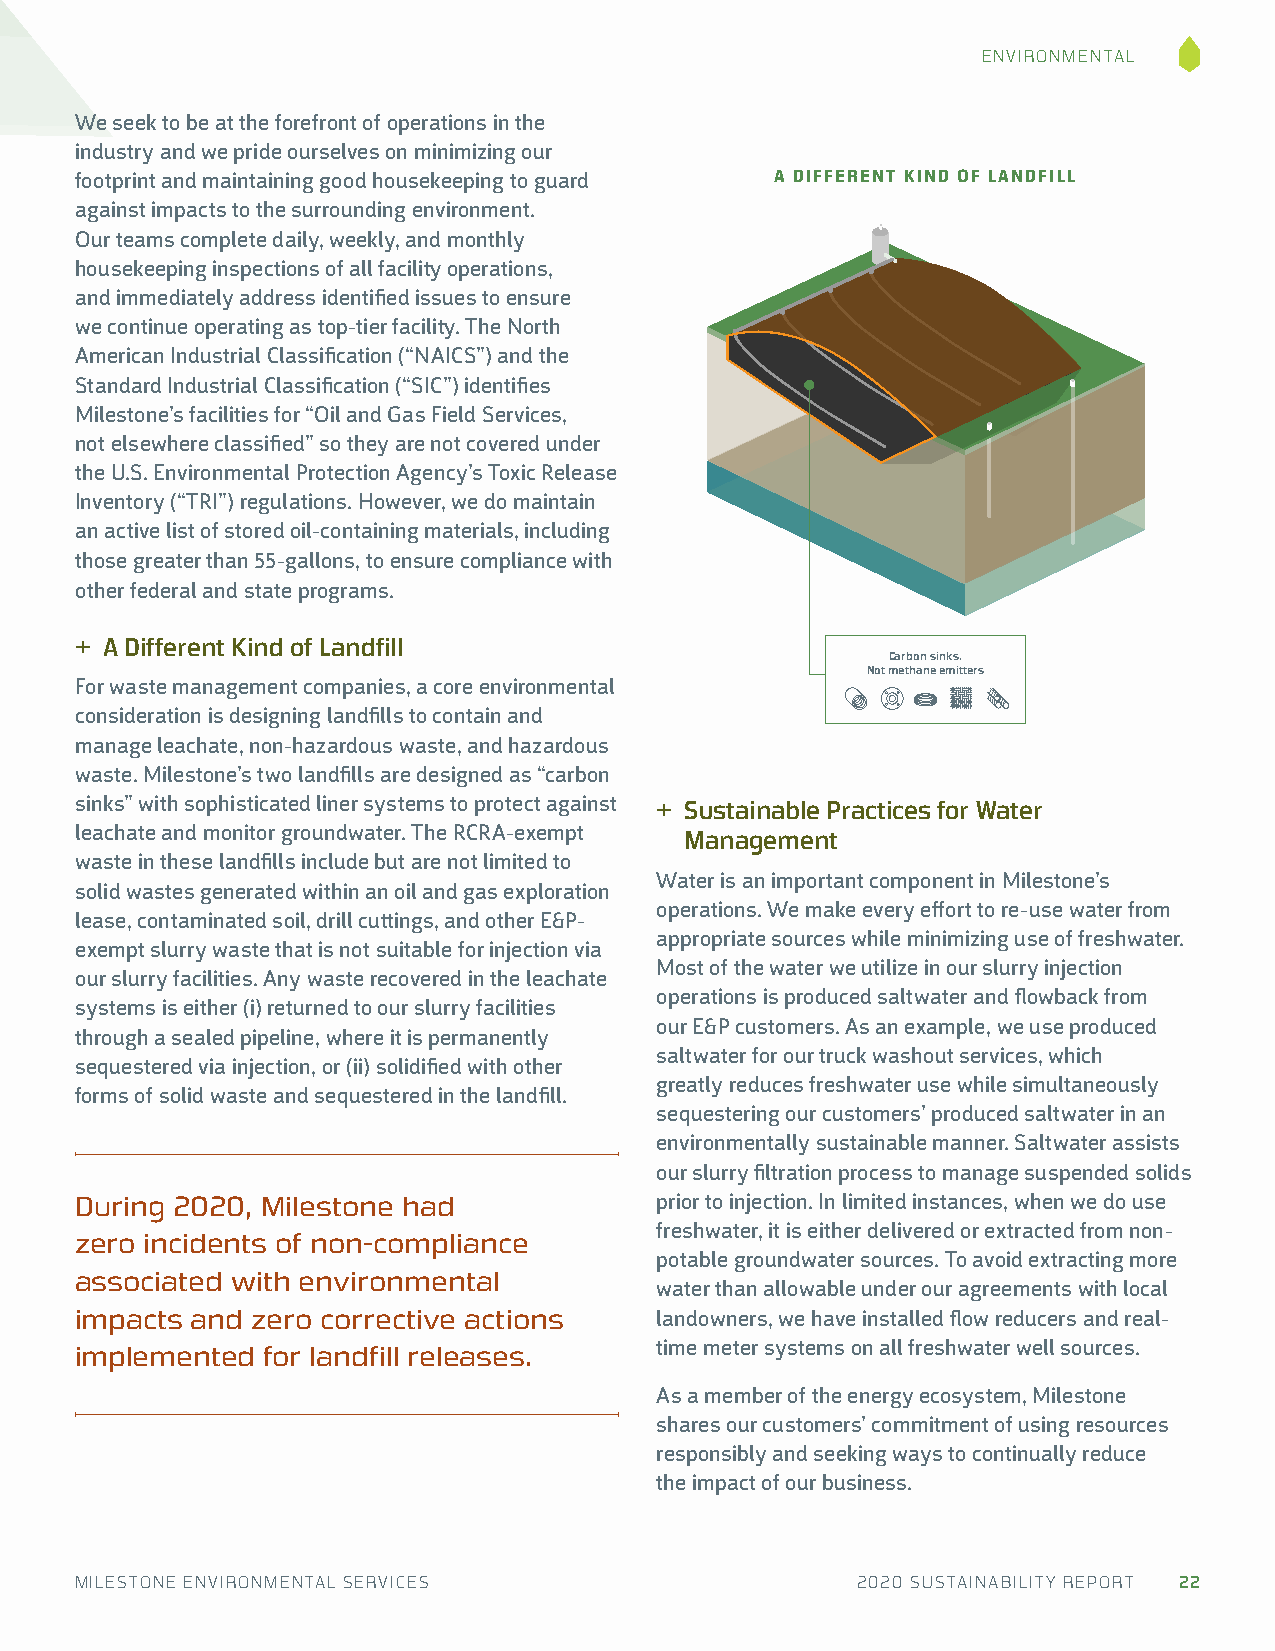
ENVIRONMENTAL
 We seek to be at the forefront of operations in the
 industry and we pride ourselves on minimizing our
 footprint and maintaining good housekeeping to guard A DIFFERENT KIND OF LANDFILL
 against impacts to the surrounding environment.
 Our teams complete daily, weekly, and monthly
 housekeeping inspections of all facility operations,
 and immediately address identified issues to ensure
 we continue operating as top-tier facility. The North
 American Industrial Classification (“NAICS”) and the
 Standard Industrial Classification (“SIC”) identifies
 Milestone’s facilities for “Oil and Gas Field Services,
 not elsewhere classified” so they are not covered under
 the U.S. Environmental Protection Agency’s Toxic Release
 Inventory (“TRI”) regulations. However, we do maintain
 an active list of stored oil-containing materials, including
 those greater than 55-gallons, to ensure compliance with
 other federal and state programs.
 + A Different Kind of Landfill
 CCaarrbboonn ssiinnkkss..
 NNoott mmeetthhaannee eemmiitttteerrss
 For waste management companies, a core environmental
 consideration is designing landfills to contain and
 manage leachate, non-hazardous waste, and hazardous
 waste. Milestone’s two landfills are designed as “carbon
 sinks” with sophisticated liner systems to protect against + Sustainable Practices for Water
 leachate and monitor groundwater. The RCRA-exempt Management
 waste in these landfills include but are not limited to
 Water is an important component in Milestone’s
 solid wastes generated within an oil and gas exploration
 operations. We make every effort to re-use water from
 lease, contaminated soil, drill cuttings, and other E&P-
 appropriate sources while minimizing use of freshwater.
 exempt slurry waste that is not suitable for injection via
 Most of the water we utilize in our slurry injection
 our slurry facilities. Any waste recovered in the leachate
 operations is produced saltwater and flowback from
 systems is either (i) returned to our slurry facilities
 our E&P customers. As an example, we use produced
 through a sealed pipeline, where it is permanently
 saltwater for our truck washout services, which
 sequestered via injection, or (ii) solidified with other
 greatly reduces freshwater use while simultaneously
 forms of solid waste and sequestered in the landfill.
 sequestering our customers’ produced saltwater in an
 environmentally sustainable manner. Saltwater assists
 our slurry filtration process to manage suspended solids
 During 2020, Milestone had            prior to injection. In limited instances, when we do use
 freshwater, it is either delivered or extracted from non-
 zero incidents of non-compliance
 potable groundwater sources. To avoid extracting more
 associated with environmental
 water than allowable under our agreements with local
 impacts and zero corrective actions   landowners, we have installed flow reducers and real-
 time meter systems on all freshwater well sources.
 implemented for landfill releases.
 As a member of the energy ecosystem, Milestone
 shares our customers’ commitment of using resources
 responsibly and seeking ways to continually reduce
 the impact of our business.
 MILESTONE ENVIRONMENTAL SERVICES                    2020 SUSTAINABILITY REPORT 22